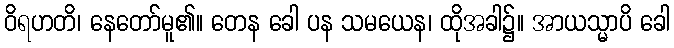
ဝိရဟတိ၊ နေတော်မူ၏။ တေန ခေါ ပန သမယေန၊ ထိုအခါ၌။ အာယသ္မာပိ ခေါ